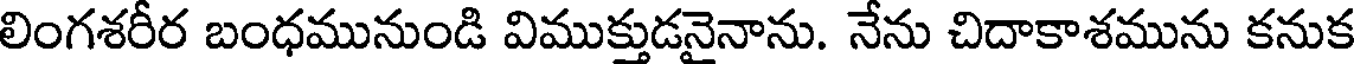
లింగశరీర బంధమునుండి విముక్తుడనైనాను. నేను చిదాకాశమును కనుక